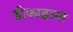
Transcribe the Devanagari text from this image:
डीफाइल्स